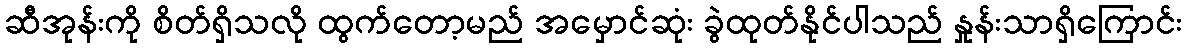
ဆီအုန်းကို စိတ်ရှိသလို ထွက်တော့မည် အမှောင်ဆုံး ခွဲထုတ်နိုင်ပါသည် နှုန်းသာရှိကြောင်း